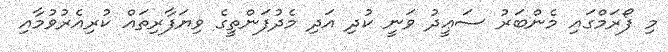
މި ފޯރަމްގައި މެންބަރު ސަޢީދު ވަނީ ކުދި އަދި މެދުފަންތީގެ ވިޔަފާރިތައް ކުރިއެރުވުމާއި